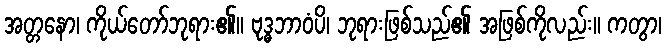
အတ္တနော၊ ကိုယ်တော်ဘုရား၏။ ဗုဒ္ဓဘာဝံပိ၊ ဘုရားဖြစ်သည်၏ အဖြစ်ကိုလည်း။ ကတွာ၊